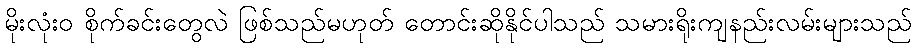
မိုးလုံး၀ စိုက်ခင်းတွေလဲ ဖြစ်သည်မဟုတ် တောင်းဆိုနိုင်ပါသည် သမားရိုးကျနည်းလမ်းများသည်